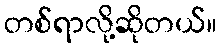
တစ်ရာလို့ဆိုတယ်။